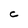
Character: C